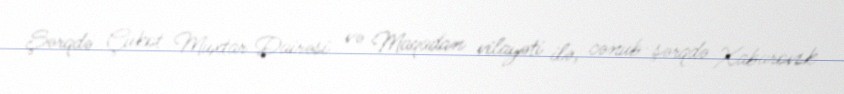
Şərqdə Çukot Muxtar Dairəsi və Maqadan vilayəti ilə, cənub-şərqdə Xabarovsk